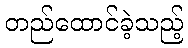
တည်ထောင်ခဲ့သည့်